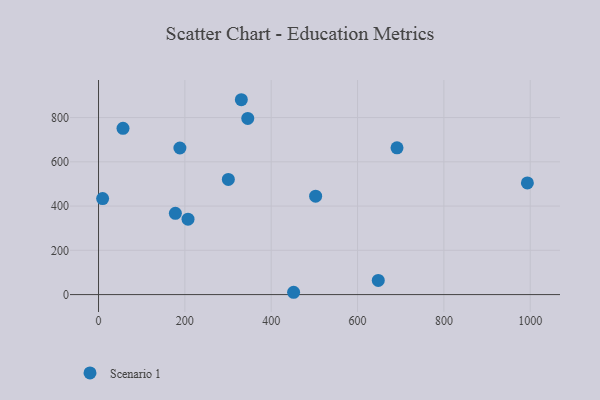
{"axis": {"x": "Study Hours", "y": "Fuel Efficiency"}, "legend": ["Scenario 1"], "data": [{"x": "178.0", "y": 367.1, "type": "Scenario 1"}, {"x": "188.5", "y": 662.4, "type": "Scenario 1"}, {"x": "56.7", "y": 751.3, "type": "Scenario 1"}, {"x": "330.8", "y": 880.6, "type": "Scenario 1"}, {"x": "345.7", "y": 796.3, "type": "Scenario 1"}, {"x": "451.9", "y": 10.4, "type": "Scenario 1"}, {"x": "648.0", "y": 64.1, "type": "Scenario 1"}, {"x": "300.7", "y": 520.5, "type": "Scenario 1"}, {"x": "9.5", "y": 433.9, "type": "Scenario 1"}, {"x": "691.4", "y": 663.4, "type": "Scenario 1"}, {"x": "993.4", "y": 504.8, "type": "Scenario 1"}, {"x": "502.9", "y": 444.9, "type": "Scenario 1"}, {"x": "207.3", "y": 340.9, "type": "Scenario 1"}]}